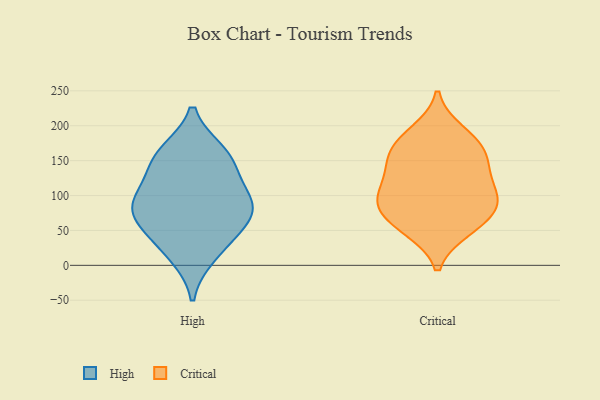
{"axis": {"x": "Market Share (%)", "y": "Value"}, "legend": ["Critical", "High"], "data": [{"x": "", "y": 89, "type": "High"}, {"x": "", "y": 145, "type": "High"}, {"x": "", "y": 154, "type": "High"}, {"x": "", "y": 38, "type": "High"}, {"x": "", "y": 70, "type": "High"}, {"x": "", "y": 161, "type": "High"}, {"x": "", "y": 94, "type": "High"}, {"x": "", "y": 66, "type": "High"}, {"x": "", "y": 15, "type": "High"}, {"x": "", "y": 97, "type": "High"}, {"x": "", "y": 86, "type": "Critical"}, {"x": "", "y": 137, "type": "Critical"}, {"x": "", "y": 172, "type": "Critical"}, {"x": "", "y": 51, "type": "Critical"}, {"x": "", "y": 114, "type": "Critical"}, {"x": "", "y": 191, "type": "Critical"}, {"x": "", "y": 90, "type": "Critical"}, {"x": "", "y": 146, "type": "Critical"}, {"x": "", "y": 95, "type": "Critical"}, {"x": "", "y": 98, "type": "Critical"}, {"x": "", "y": 53, "type": "Critical"}, {"x": "", "y": 152, "type": "Critical"}, {"x": "", "y": 68, "type": "Critical"}, {"x": "", "y": 177, "type": "Critical"}]}